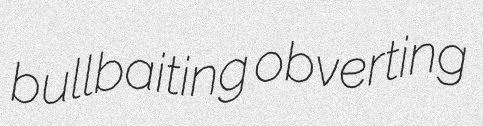
bullbaiting obverting